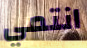
انتمي